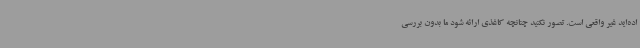
اده‌اید غیر واقعی است. تصور نکنید چنانچه کاغذی ارائه شود ما بدون بررسی